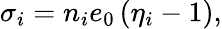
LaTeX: \sigma_{i}=n_{i}e_{0}\left(\eta_{i}-1\right),